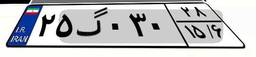
۲۵گ۰۳۰۲۸